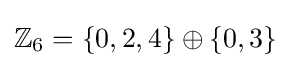
\mathbb {Z} _{6}=\{0,2,4\}\oplus \{0,3\}